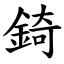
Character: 錡